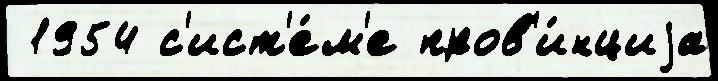
 1954 с'ист'е́м'е пров'и́нциjа